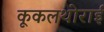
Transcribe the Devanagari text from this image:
कूकलथोराई